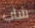
شاب